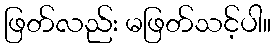
ဖြတ်လည်း မဖြတ်သင့်ပါ။